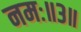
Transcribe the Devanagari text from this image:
नमः॥३॥